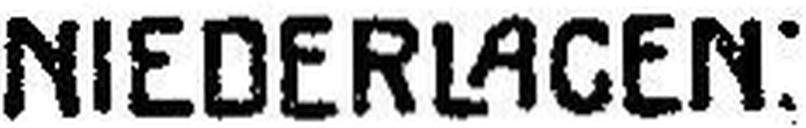
NIEDERLAGEN: